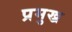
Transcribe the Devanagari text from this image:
प्रमुख्र